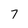
Character: 7